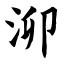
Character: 泖